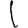
Digit: 1